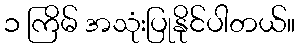
၁ ကြိမ် အသုံးပြုနိုင်ပါတယ်။